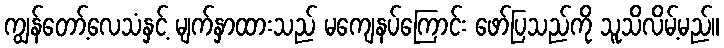
ကျွန်တော့်လေသံနှင့် မျက်နှာထားသည် မကျေနပ်ကြောင်း ဖော်ပြသည်ကို သူသိလိမ့်မည်။